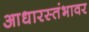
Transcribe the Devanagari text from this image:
आधारस्तंभावर